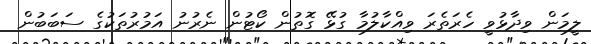
ލީމަން ވިދާޅުވީ ހެރަތެރަ ވިއްކާލުމާ ގުޅޭ ގޮތުން ކޯޓުން ނެރުނު އަމުރުތަކުގެ ސަބަބުން